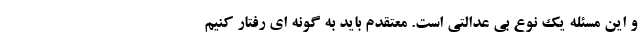
و این مسئله یک نوع بی عدالتی است. معتقدم باید به گونه ای رفتار کنیم